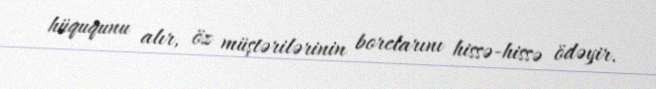
hüququnu alır, öz müştərilərinin borclarını hissə-hissə ödəyir.